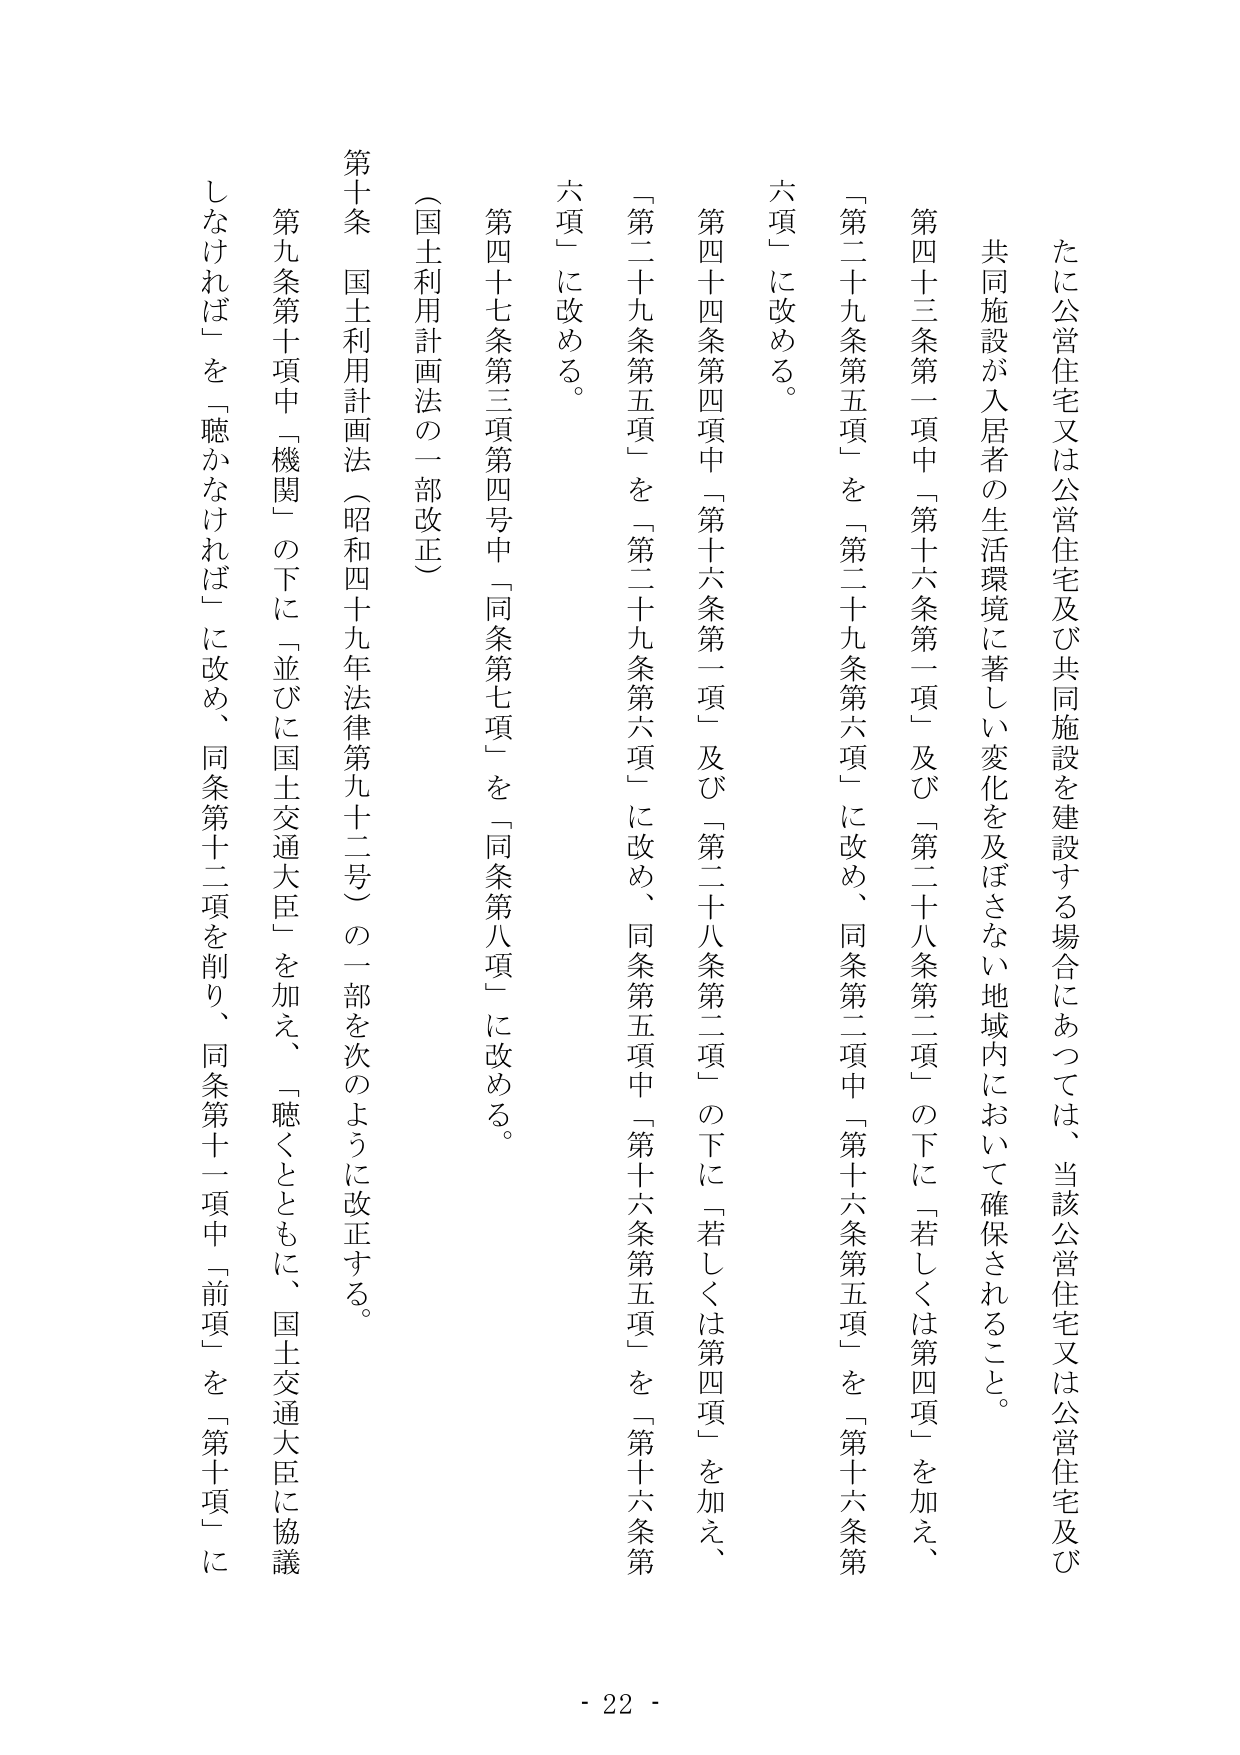
たに公営住宅又は公営住宅及び共同施設を建設する場合にあっては、当該公営住宅又は公営住宅及び共同施設が入居者の生活環境に著しい変化を及ぼさない地域内において確保されること。

第四十三条第一項中「第十六条第一項」及び「第二十八条第二項」の下に「若しくは第四項」を加え、「第二十九条第五項」を「第二十九条第六項」に改め、同条第二項中「第十六条第五項」を「第十六条第六項」に改める。

第四十四条第四項中「第十六条第一項」及び「第二十八条第二項」の下に「若しくは第四項」を加え、「第二十九条第五項」を「第二十九条第六項」に改め、同条第五項中「第十六条第五項」を「第十六条第六項」に改める。

第四十七条第三項第四号中「同条第七項」を「同条第八項」に改める。

（国土利用計画法の一部改正）

第十条 国土利用計画法（昭和四十九年法律第九十二号）の一部を次のように改正する。

第九条第十項中「機関」の下に「並びに国土交通大臣」を加え、「聴くとともに、国土交通大臣に協議しなければ」を「聴かなければ」に改め、同条第十二項を削り、同条第十一項中「前項」を「第十項」に

- 22 -